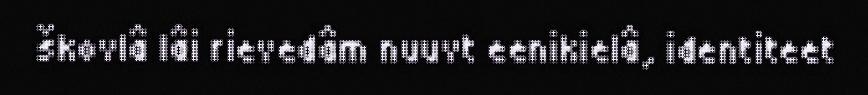
škovlâ lâi rievedâm nuuvt eenikielâ, identiteet